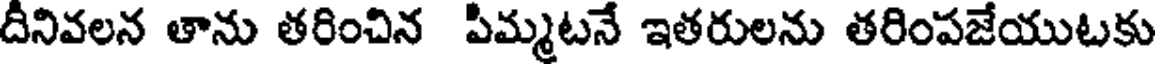
దీనివలన తాను తరించిన పిమ్మటనే ఇతరులను తరింపజేయుటకు